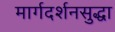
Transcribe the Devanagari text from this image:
मार्गदर्शनसुद्धा